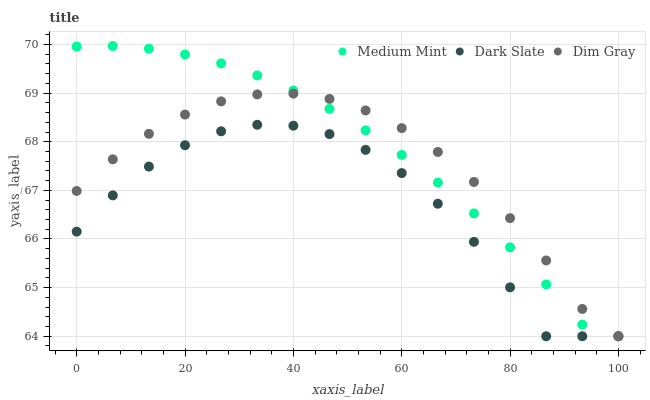
| xaxis_label | Medium Mint | Dark Slate | Dim Gray |
 | --- | --- | --- | --- |
 | 0 | 70 | 66.2 | 67 |
 | 6.67 | 70 | 66.9 | 67.6 |
 | 13.3 | 69.9 | 67.5 | 68.2 |
 | 20 | 69.8 | 67.9 | 68.6 |
 | 26.7 | 69.6 | 68.2 | 68.8 |
 | 33.3 | 69.4 | 68.3 | 69 |
 | 40 | 69.1 | 68.3 | 69 |
 | 46.7 | 68.7 | 68.2 | 68.9 |
 | 53.3 | 68.2 | 67.8 | 68.6 |
 | 60 | 67.7 | 67.4 | 68.3 |
 | 66.7 | 67.2 | 66.7 | 67.8 |
 | 73.3 | 66.5 | 65.9 | 67.2 |
 | 80 | 65.8 | 65 | 66.4 |
 | 86.7 | 65.1 | 64 | 65.6 |
 | 93.3 | 64.2 | 64 | 64.6 |
 | 100 | 64 | 64 | 64 |